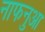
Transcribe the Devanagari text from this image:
नाफनुआ